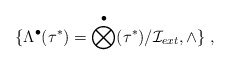
\begin{align*}\{\Lambda^\bullet(\tau^*)=\bigotimes^\bullet(\tau^*)/{\cal I}_{ext},\wedge\}\;,\end{align*}